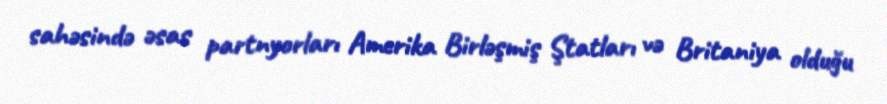
sahəsində əsas partnyorları Amerika Birləşmiş Ştatları və Britaniya olduğu